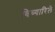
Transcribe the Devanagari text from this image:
विच्यारिले